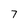
Character: 7